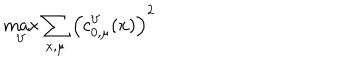
\max _ { V } \sum _ { x , \mu } \left( c _ { 0 , \mu } ^ { V } ( x ) \right) ^ { 2 }